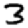
Digit: 3